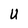
Character: U